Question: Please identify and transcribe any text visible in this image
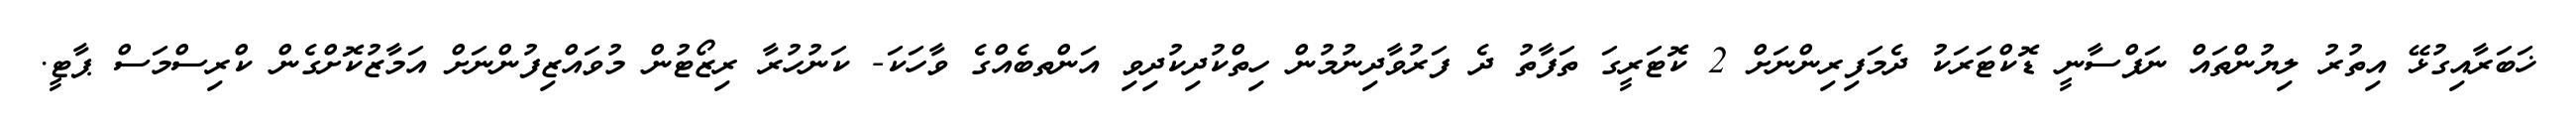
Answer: ޚަބަރާއިގުޅޭ އިތުރު ލިޔުންތައް ނަފްސާނީ ޑޮކްޓަރަކު ދެމަފިރިންނަށް 2 ކޮޓަރީގަ ތަފާތު ދެ ފަރުވާދިނުމުން ހިތްކުދިކުދިވި އަންތބެއްގެ ވާހަކަ- ކަނުހުރާ ރިޒޯޓުން މުވައްޒިފުންނަށް އަމާޒުކޮށްގެން ކްރިސްމަސް ޕާޓީ.